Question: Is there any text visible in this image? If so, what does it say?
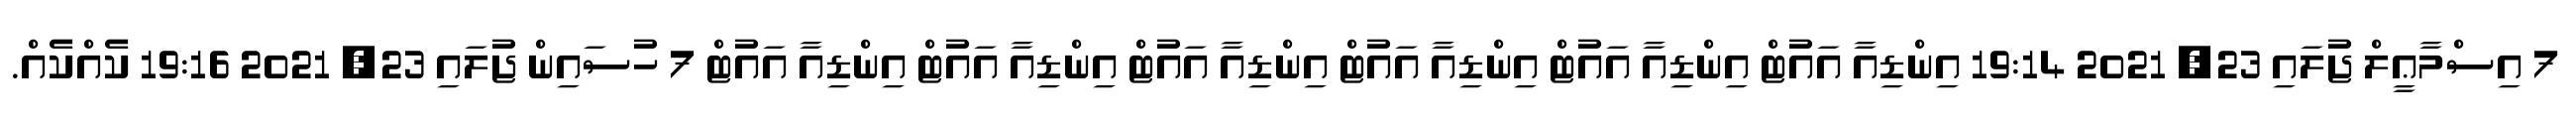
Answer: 7 އިސްމާޢީލް ޖުލައި 23, 2021 19:14 އިންޑިއާ އައުޓް އިންޑިއާ އައުޓް އިންޑިއާ އައުޓް އިންޑިއާ އައުޓް އިންޑިއާ އައުޓް އިންޑިއާ އައުޓް 7 ހުސައިން ޖުލައި 23, 2021 19:16 ކެއްކެއް.